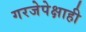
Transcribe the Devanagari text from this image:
गरजेपेक्षाही